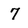
Character: 7